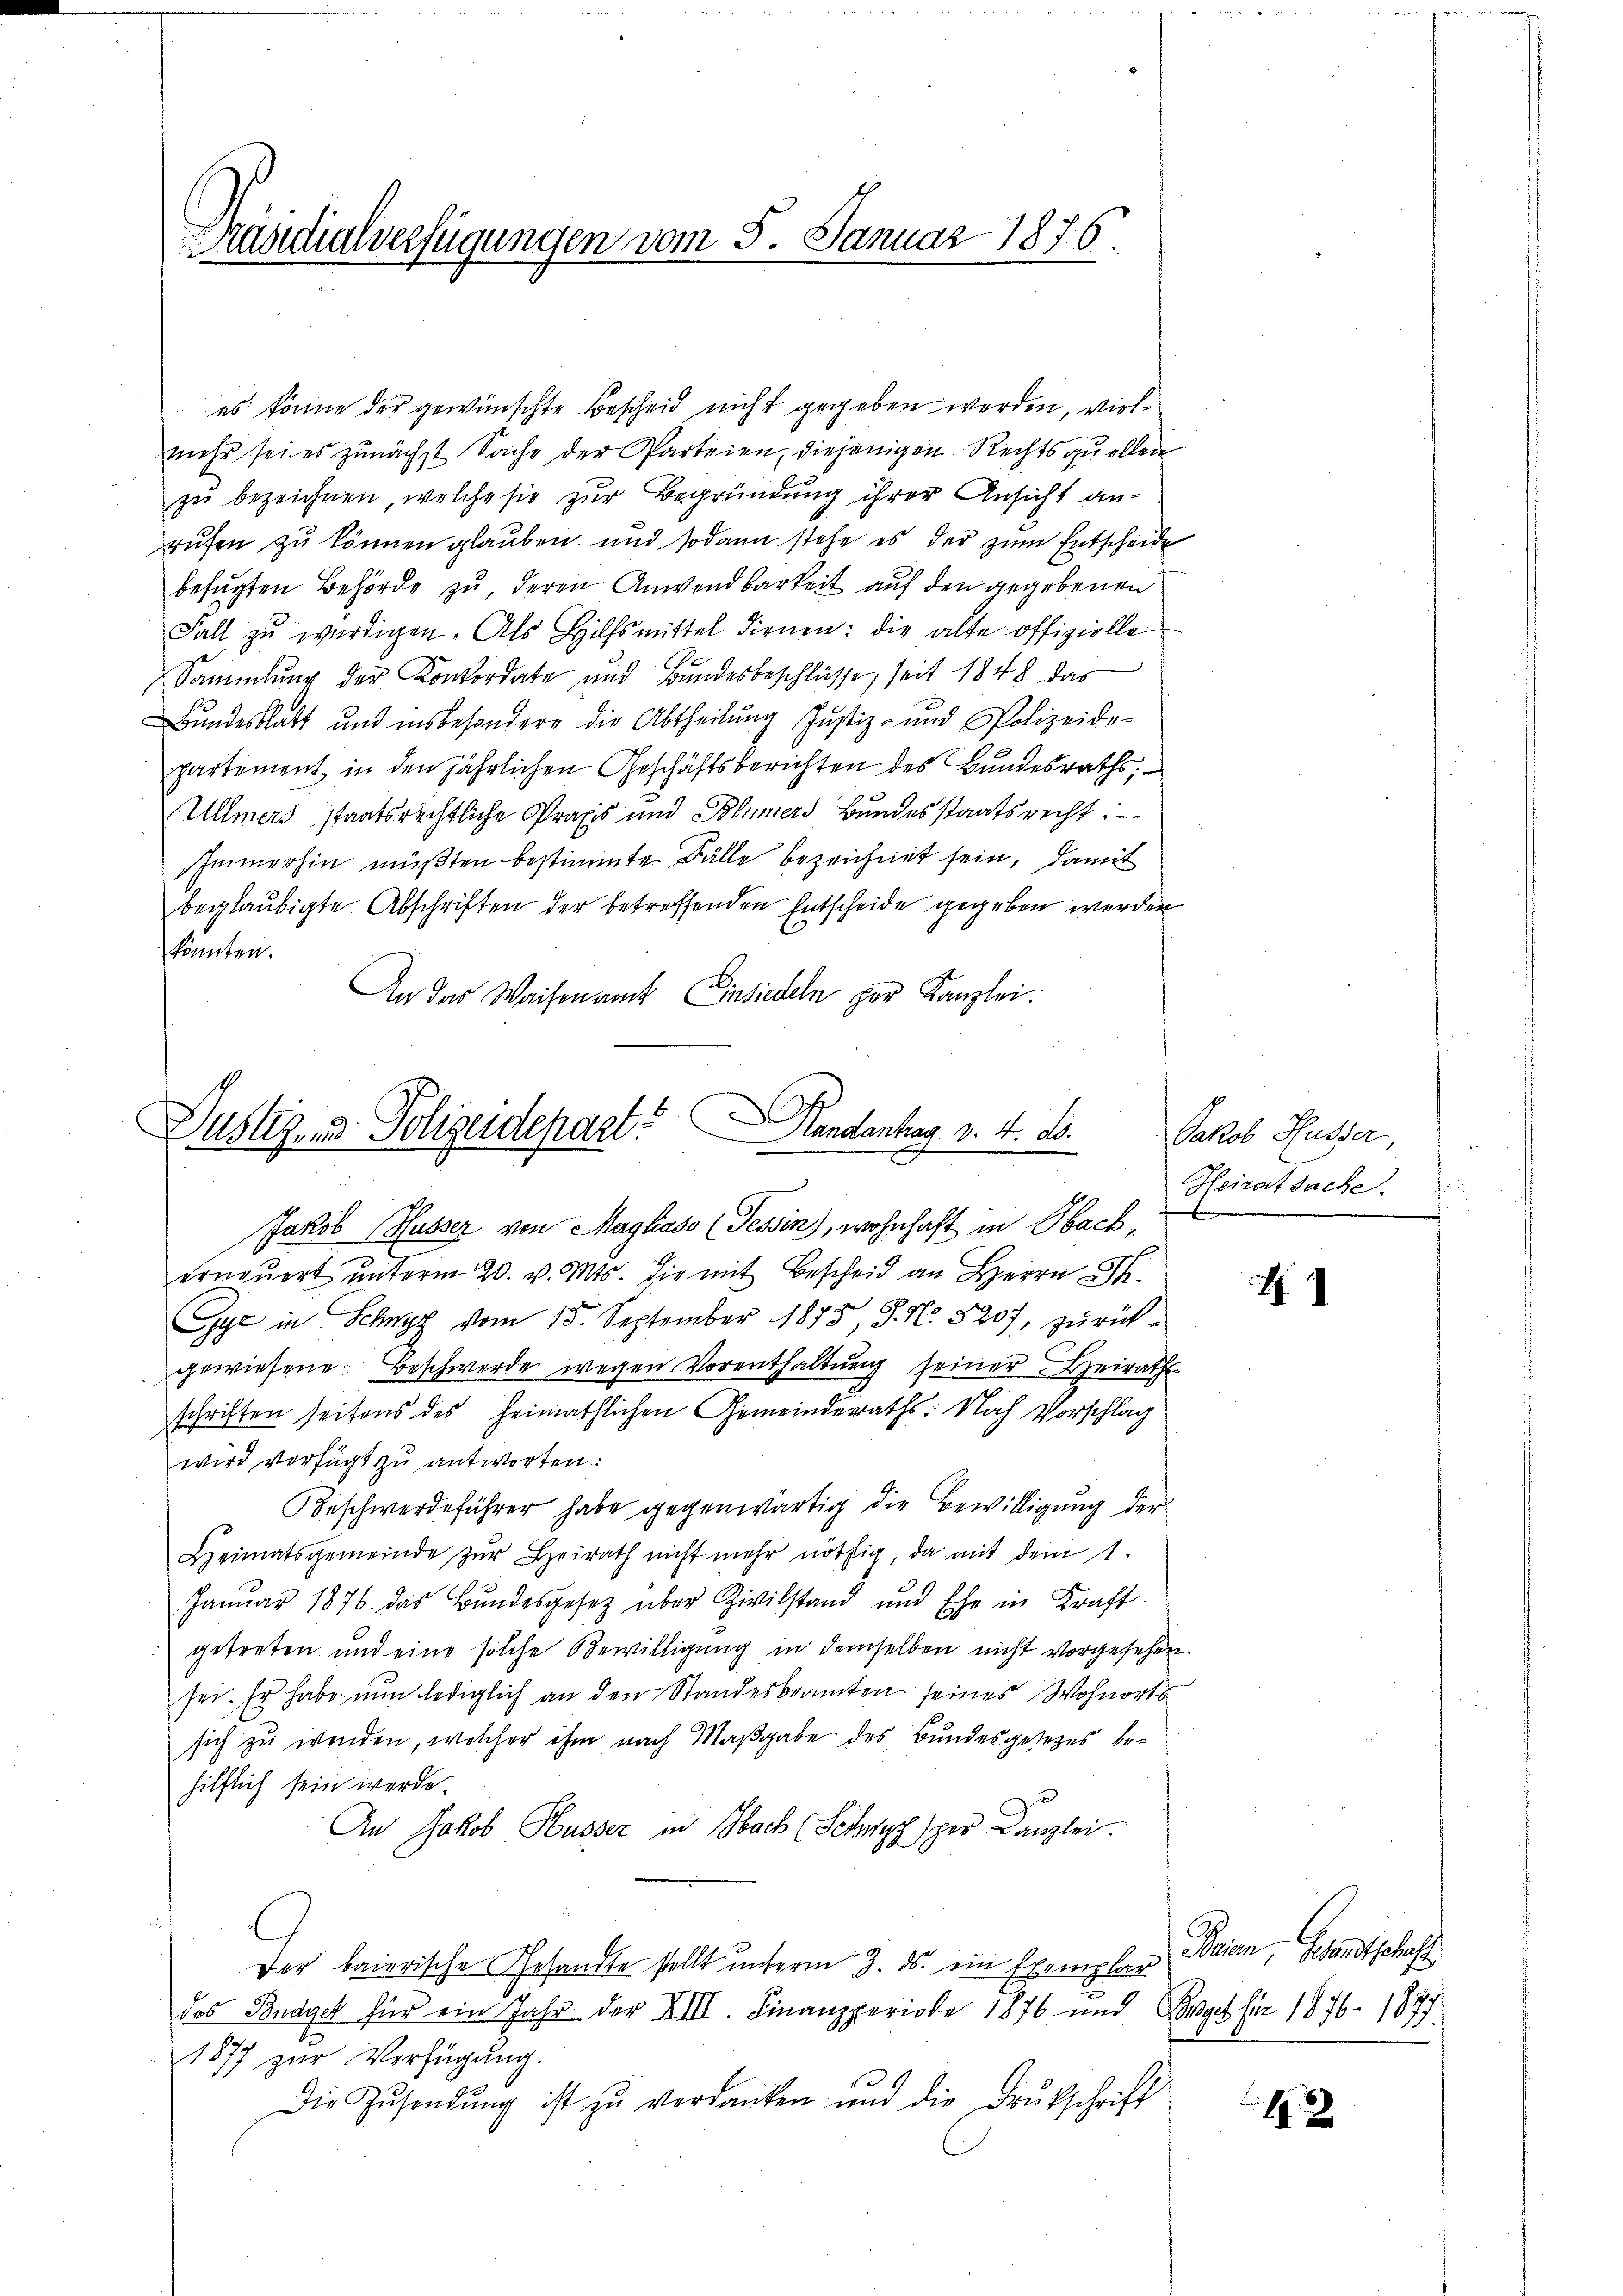
Präsidialverfügungen vom 5. Januar 1876.

es könne der gewünschte Bescheid nicht gegeben werden, vielmehr sei es zunächst Sache der Parteien, diejenigen Rechtsquellen
zu bezeichnen, welche sie zur Begründung ihrer Ansicht an-
rufen zu können glauben, und sodann stehe es der zum Entscheide
befügten Behörde zu, deren Anwendbarkeit auf den gegebenen
Fall zu würdigen. Als Hilfsmittel dienen: die alte offizielle
Sammlung der Konkordate und Bandesbeschlüsse, seit 1848 das
Bundesblatt und insbesondere die Abtheilung Justiz- und Polizeide-
partement, in den jährlichen Geschäftsberichten des Bundesraths,
Ullmers staatsrechtliche Praxis und Blümers Bundesstaatsrecht:
Immerhin müßten bestimmte Bälle bezeichnet sein, damit
beglaubigte Abschriften der betreffenden Entscheide gegeben werden
könnten.
An das Waisenamt Einsiedeln per Kanzlei.

Justiz- & Polizeidepart? Handantrag v. 4. ds.
Jakob Husser von Magliaso (Tessin), wohnhaft in Sach,

erneŭert ŭnterm 20. v. Mts. die mit Bescheid an Herrn J.
Gye in Schwyz vom 15. September 1875, J. N. 8207, zurückgewiesene Beschwerde wegen Vorenthaltung seiner Heiraths-
schriften seitens des heimathlichen Gemeinderaths: Nach Vorschlag
wird verfügt zu antworten:
Beschwerdeführer habe gegenwärtig die Bewilligung der
Heimatsgemeinde zŭr Heirath nicht mehr nöthig, da mit dem 1.
Januar 1876. das Bŭndesgesetz über Zivilstand und Ehe in Kraft
getreten und eine solche Bewilligung in demselben nicht vorgesehen
sei. Er habe nun lediglich an den Standesbeamten seines Wohnorts
sich zu wenden, welcher ihm nach Maßgabe des Bundesgesetzes behilflich sein werde.
r
Au: Jakob Husser in Bach (Schwyz sper Canzlei.
Der baierische Gesandte stellt unterm 7. ds. ein Exemplar
das Budget für ein Jahr der XIII. Finanzperiode 1876 und Borget für 1876. 1877
1877 zur Verfügung.
Die Zŭsendŭng ist zŭ verdanken und die Brŭtschrift

Jakob Husser,
Heiratsache.
e

H

Beien, Gesandtschaft

12